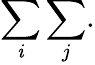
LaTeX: \sum_{\mathit{i}}\sum_{j}.